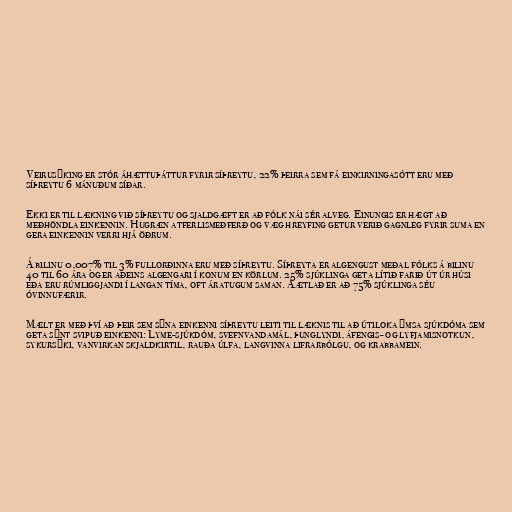
Veirusýking er stór áhættuþáttur fyrir síþreytu, 22% þeirra sem fá einkirningasótt eru með
síþreytu 6 mánuðum síðar.

Ekki er til lækning við síþreytu og sjaldgæft er að fólk nái sér alveg. Einungis er hægt að
meðhöndla einkennin. Hugræn atferlismeðferð og væg hreyfing getur verið gagnleg fyrir suma en
gera einkennin verri hjá öðrum.

Á bilinu 0,007% til 3% fullorðinna eru með síþreytu. Síþreyta er algengust meðal fólks á bilinu
40 til 60 ára og er aðeins algengari í konum en körlum. 25% sjúklinga geta lítið farið út úr húsi
eða eru rúmliggjandi í langan tíma, oft áratugum saman. Áætlað er að 75% sjúklinga séu
óvinnufærir.

Mælt er með því að þeir sem sýna einkenni síþreytu leiti til læknis til að útiloka ýmsa sjúkdóma sem
geta sýnt svipuð einkenni: Lyme-sjúkdóm, svefnvandamál, þunglyndi, áfengis- og lyfjamisnotkun,
sykursýki, vanvirkan skjaldkirtil, rauða úlfa, langvinna lifrarbólgu, og krabbamein.